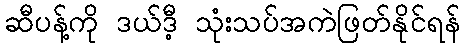
ဆီပန့်ကို ဒယ်ဒီ့ သုံးသပ်အကဲဖြတ်နိုင်ရန်